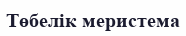
Төбелік меристема